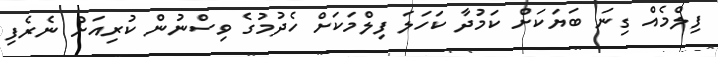
ފިލްމެއް ގިނަ ބަޔަކަށް ކަމުދާ ކަހަލަ ފިލްމަކަށް ހެދުމުގެ ވިސްނުން ކުރިއަށް ނެރެފި